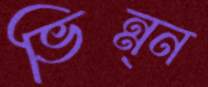
ভিন্ন্ন